Vaccination in Bombay 1889-1901 - 1889-1901
Year: 1889
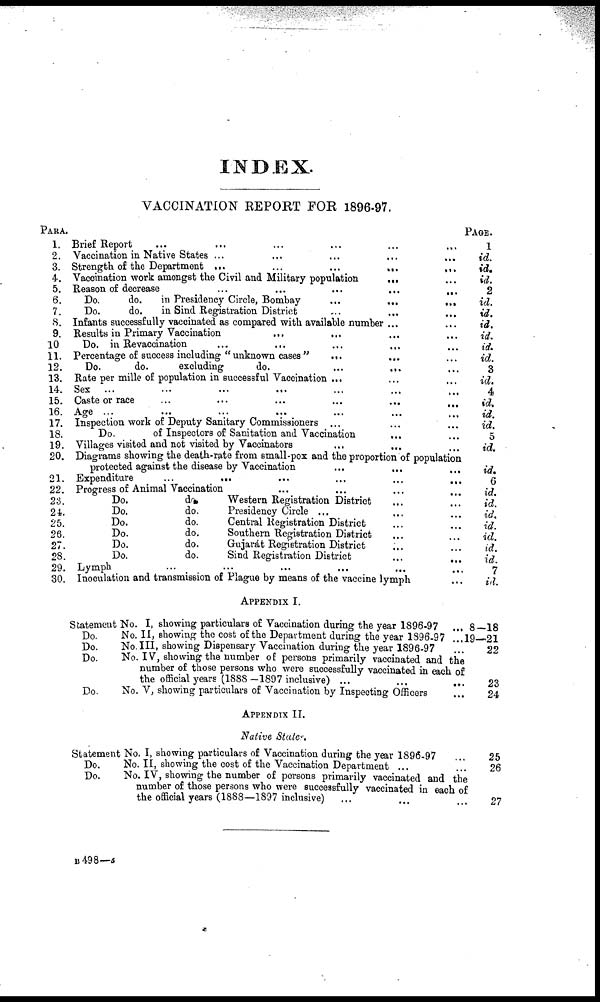
INDEX.
VACCINATION REPORT FOR 1896-97.
PARA.
1.
2.
3.
4.
5.
6.
7.
8.
9.
10
11.
12.
13.
14.
15.
16.
17.
18.
19.
20.
21.
22.
23.
24.
25.
26.
27.
28.
29.
30.
Brief Report ... ... ... ... ... ...
Vaccination in Native States ... ... ... ... ...
Strength of the Department
...
...
...
...
...
Vaccination work amongst the Civil and Military population
... ...
Reason of decrease
...
...
...
...
...
Do.
do.
in Presidency Circle, Bombay
...
...
...
Do.
do.
in Sind Registration District ... ... ...
Infants successfully vaccinated as compared with available number ... ...
Results in Primary Vaccination ... ... ... ...
Do. in Revaccination
...
... ... ... ...
Percentage of success including "unknown cases"
...
... ...
Do.
do.
excluding
do.
...
... ...
Rate per mille of population in successful Vaccination ... ... ...
Sex ...
...
...
... ... ... ...
Caste or race
...
...
...
...
... ...
Age ...
...
...
... ... ... ...
Inspection work of Deputy Sanitary Commissioners ... ... ...
Do.
of Inspectors of Sanitation and Vaccination
... ...
Villages visited and not visited by Vaccinators ... ... ...
Diagrams showing the death-rate from small-pox and the proportion of population
protected against the disease by Vaccination ... ... ...
Expenditure
...
... ... ... ... ...
Progress of Animal Vaccination ... ... ... ...
Do.
do.
Western Registration District
...
...
Do.
do.
Presidency Circle ...
...
...
Do.
do.
Central Registration District
...
...
Do.
do.
Southern Registration District ... ...
Do.
do.
Gujarát Registration District ... ...
Do.
do.
Sind Registration District ... ...
Lymph
... ... ... ... ... ...
Inoculation and transmission of Plague by means of the vaccine lymph
APPENDIX I.
Statement No. I, showing particulars of Vaccination during the year 1896-97 ...
Do.
No. II, showing the cost of the Department during the year 1896-97 ...
Do.
No. III, showing Dispensary Vaccination during the year 1896-97 ...
Do.
No. IV, showing the number of persons primarily vaccinated and the
number of those persons who were successfully vaccinated in each of
the official years (1888—1897 inclusive) ... ... ...
Do.
No. V, showing particulars of Vaccination by Inspecting Officers
...
APPENDIX II.
Native States.
Statement No. I, showing particulars of Vaccination during the year 1896-97 ...
Do.
No. II, showing the cost of the Vaccination Department ... ...
Do.
No. IV, showing the number of persons primarily vaccinated and the
number of those persons who were successfully vaccinated in each of
the official years (1888—1897 inclusive)
...
...
...
PAGE.
1
id.
id.
id.
2
id.
id.
id.
id.
id.
id.
3
id.
4
id.
id.
id.
5
id.
id.
6
id.
id.
id.
id.
id.
id.
id.
7
id.
8—18
19—21
22
23
24
25
26
27
B 498—a